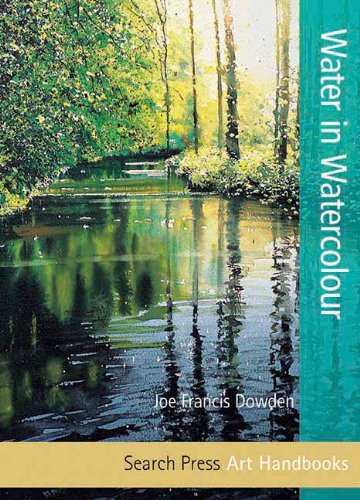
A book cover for Water in Watercolour (Art Handbooks); Joe Francis Dowden; Arts & Photography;